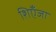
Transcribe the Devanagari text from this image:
शिएँजा